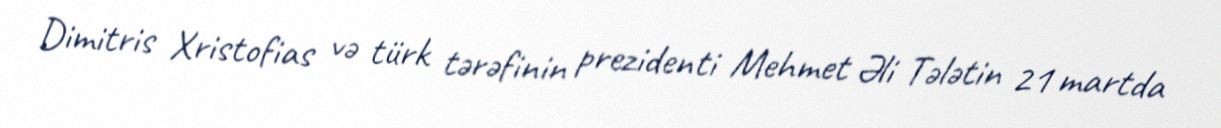
Dimitris Xristofias və türk tərəfinin prezidenti Mehmet Əli Tələtin 21 martda